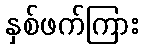
နှစ်ဖက်ကြား